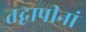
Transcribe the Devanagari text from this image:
तद्वापीनां